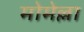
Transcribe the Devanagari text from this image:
मोमेल्ला